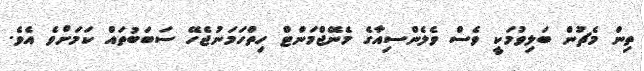
ތިން މެޗުން ބަލިވުމަކީ ވެސް ވެލެންސިއާގެ މެނޭޖްމަންޓް ހިތްހަމަނުޖެހޭ ސަބަބުތައް ކަމަށްވެ އެވެ.